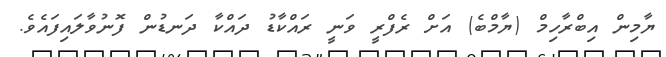
ޔާމިން އިބްރާހިމް (ޔާމްބެ) އަށް ރެފްރީ ވަނީ ރައްކާޑު ދައްކާ ދަނޑުން ފޮނުވާލައިފައެވެ.